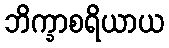
ဘိက္ခာစရိယာယ